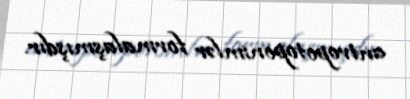
antropotoponimlər formalaşmışdır.